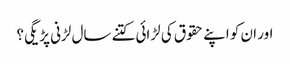
اور ان کو اپنے حقوق کی لڑائی کتنے سال لڑنی پڑیگی؟